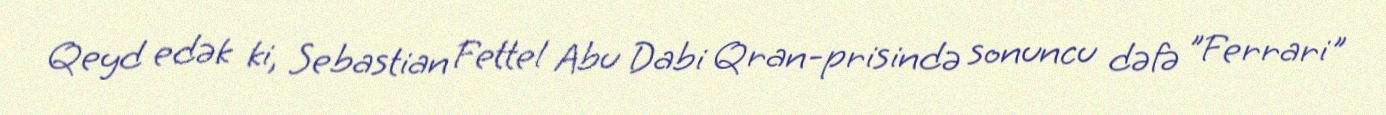
Qeyd edək ki, Sebastian Fettel Abu Dabi Qran-prisində sonuncu dəfə "Ferrari"